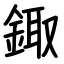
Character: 鋷